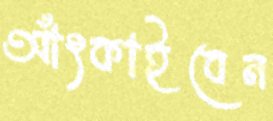
আঁৎকাইবেন